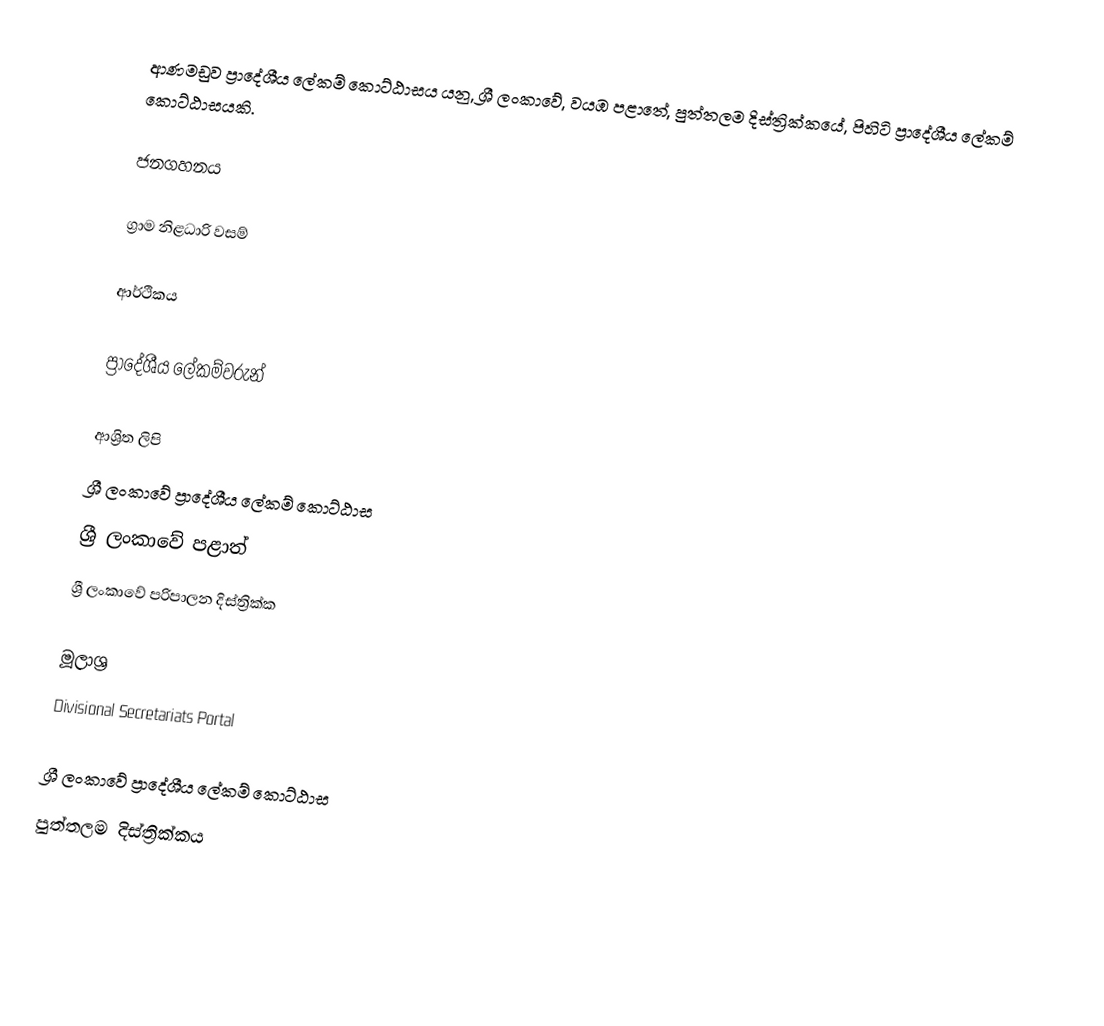
ආණමඩුව ප්‍රාදේශීය ලේකම් කොට්ඨාසය යනු,  ශ්‍රී ලංකාවේ, වයඹ පළාතේ,   පුත්තලම දිස්ත්‍රික්කයේ, පිහිටි ප්‍රාදේශීය ලේකම් කොට්ඨාසයකි.

ජනගහනය

ග්‍රාම නිළධාරි වසම්

ආර්ථිකය

ප්‍රාදේශීය ලේකම්වරුන්

ආශ්‍රිත ලිපි
ශ්‍රී ලංකාවේ ප්‍රාදේශීය ලේකම් කොට්ඨාස
ශ්‍රී ලංකාවේ පළාත්
ශ්‍රී ලංකාවේ පරිපාලන දිස්ත්‍රික්ක

මූලාශ්‍ර
 Divisional Secretariats Portal

ශ්‍රී ලංකාවේ ප්‍රාදේශීය ලේකම් කොට්ඨාස
පුත්තලම දිස්ත්‍රික්කය